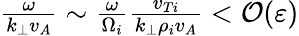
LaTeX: \begin{array}{r}{\frac{\omega}{k_{\perp}v_{A}}\sim\frac{\omega}{\Omega_{i}}\frac{v_{Ti}}{k_{\perp}\rho_{i}v_{A}}<\mathcal{O}(\varepsilon)}\end{array}